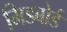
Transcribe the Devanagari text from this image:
मिडबोर्ड